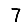
Digit: 7